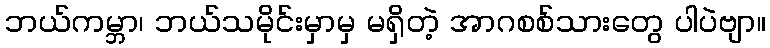
ဘယ်ကမ္ဘာ၊ ဘယ်သမိုင်းမှာမှ မရှိတဲ့ အာဂစစ်သားတွေ ပါပဲဗျာ။